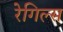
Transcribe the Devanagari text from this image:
रेगिल्स